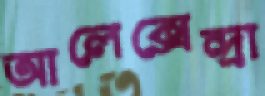
আলেক্সেন্দ্রা